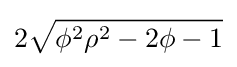
2{\sqrt {\phi ^{2}\rho ^{2}-2\phi -1}}